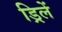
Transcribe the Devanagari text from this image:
ड्रिलें